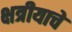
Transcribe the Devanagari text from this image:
क्षत्रीयाचे